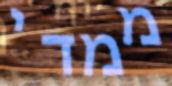
ממדי